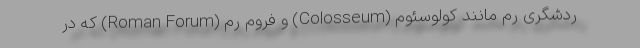
ردشگری رم مانند کولوسئوم (Colosseum) و فروم رم (Roman Forum) که در